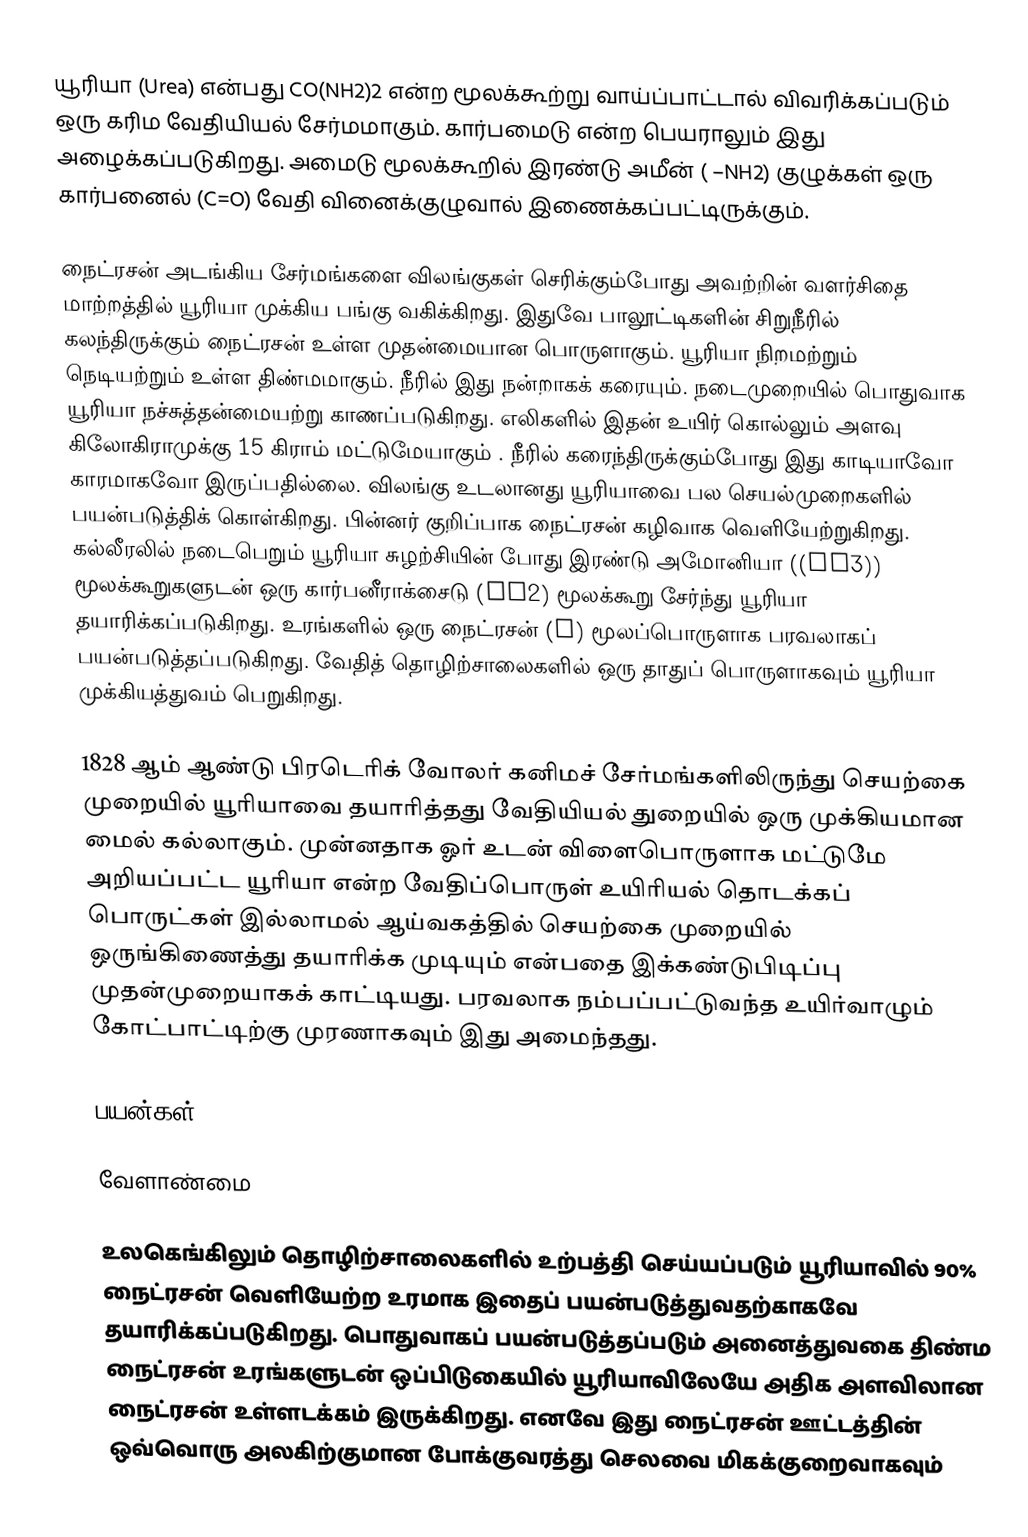
யூரியா (Urea) என்பது CO(NH2)2  என்ற மூலக்கூற்று வாய்ப்பாட்டால் விவரிக்கப்படும் ஒரு கரிம வேதியியல் சேர்மமாகும். கார்பமைடு என்ற பெயராலும் இது அழைக்கப்படுகிறது. அமைடு மூலக்கூறில் இரண்டு அமீன் ( –NH2)  குழுக்கள் ஒரு கார்பனைல் (C=O) வேதி வினைக்குழுவால் இணைக்கப்பட்டிருக்கும்.

நைட்ரசன் அடங்கிய சேர்மங்களை விலங்குகள்  செரிக்கும்போது அவற்றின் வளர்சிதை மாற்றத்தில் யூரியா முக்கிய பங்கு வகிக்கிறது. இதுவே பாலூட்டிகளின் சிறுநீரில் கலந்திருக்கும் நைட்ரசன் உள்ள முதன்மையான பொருளாகும். யூரியா நிறமற்றும் நெடியற்றும் உள்ள திண்மமாகும். நீரில் இது நன்றாகக் கரையும். நடைமுறையில் பொதுவாக யூரியா நச்சுத்தன்மையற்று காணப்படுகிறது. எலிகளில் இதன் உயிர் கொல்லும் அளவு கிலோகிராமுக்கு 15 கிராம் மட்டுமேயாகும் . நீரில் கரைந்திருக்கும்போது இது காடியாவோ காரமாகவோ இருப்பதில்லை. விலங்கு உடலானது யூரியாவை பல செயல்முறைகளில் பயன்படுத்திக் கொள்கிறது. பின்னர் குறிப்பாக நைட்ரசன் கழிவாக வெளியேற்றுகிறது. கல்லீரலில் நடைபெறும் யூரியா சுழற்சியின் போது இரண்டு அமோனியா ((NH3)) மூலக்கூறுகளுடன் ஒரு கார்பனீராக்சைடு (CO2) மூலக்கூறு சேர்ந்து யூரியா தயாரிக்கப்படுகிறது. உரங்களில் ஒரு நைட்ரசன் (N) மூலப்பொருளாக பரவலாகப் பயன்படுத்தப்படுகிறது. வேதித் தொழிற்சாலைகளில் ஒரு தாதுப் பொருளாகவும் யூரியா முக்கியத்துவம் பெறுகிறது.

1828 ஆம் ஆண்டு பிரடெரிக் வோலர் கனிமச் சேர்மங்களிலிருந்து செயற்கை முறையில் யூரியாவை தயாரித்தது வேதியியல் துறையில் ஒரு முக்கியமான மைல் கல்லாகும். முன்னதாக  ஓர் உடன் விளைபொருளாக மட்டுமே அறியப்பட்ட யூரியா என்ற வேதிப்பொருள் உயிரியல் தொடக்கப் பொருட்கள் இல்லாமல் ஆய்வகத்தில் செயற்கை முறையில் ஒருங்கிணைத்து தயாரிக்க முடியும் என்பதை இக்கண்டுபிடிப்பு முதன்முறையாகக் காட்டியது. பரவலாக நம்பப்பட்டுவந்த உயிர்வாழும் கோட்பாட்டிற்கு முரணாகவும் இது அமைந்தது.

பயன்கள்

வேளாண்மை

உலகெங்கிலும் தொழிற்சாலைகளில் உற்பத்தி செய்யப்படும் யூரியாவில் 90% நைட்ரசன் வெளியேற்ற உரமாக இதைப் பயன்படுத்துவதற்காகவே தயாரிக்கப்படுகிறது. பொதுவாகப் பயன்படுத்தப்படும் அனைத்துவகை திண்ம நைட்ரசன் உரங்களுடன் ஒப்பிடுகையில் யூரியாவிலேயே அதிக அளவிலான நைட்ரசன் உள்ளடக்கம் இருக்கிறது. எனவே இது நைட்ரசன் ஊட்டத்தின் ஒவ்வொரு அலகிற்குமான  போக்குவரத்து செலவை மிகக்குறைவாகவும்